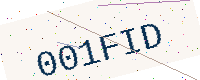
Text: 001FID